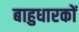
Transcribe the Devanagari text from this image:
बाहुधारकों